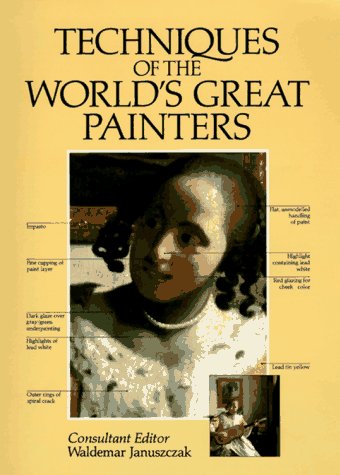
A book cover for Techniques of the World's Great Painters (A QED book); Waldemar Januszczak; Arts & Photography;